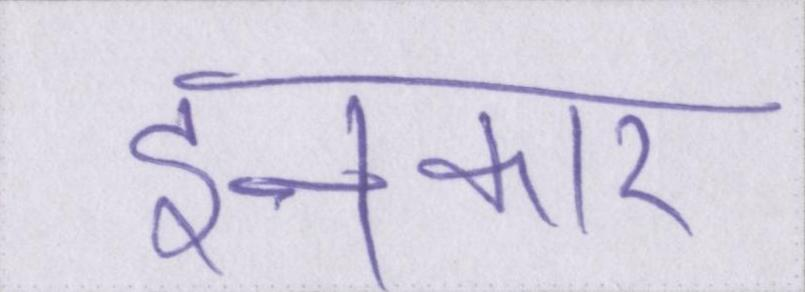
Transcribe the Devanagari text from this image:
इनकार